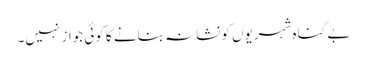
بے گناہ شہریوں کونشانہ بنانے کا کوئی جواز نہیں۔